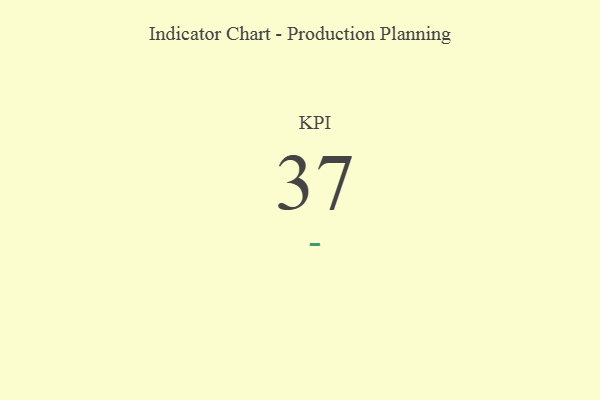
{"axis": {"x": "KPI", "y": "Value"}, "legend": [""], "data": [{"x": "KPI", "y": 37, "type": ""}]}